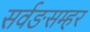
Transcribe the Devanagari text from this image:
सर्वङसम्हर